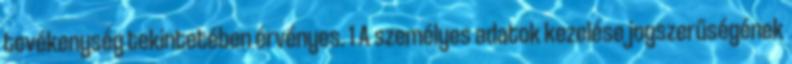
tevékenység tekintetében érvényes. 1 A személyes adatok kezelése jogszerűségének